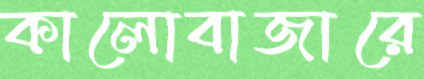
কালোবাজারে